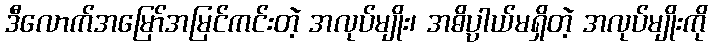
ဒီလောက်အမြော်အမြင်ကင်းတဲ့ အလုပ်မျိုး၊ အဓိပ္ပါယ်မရှိတဲ့ အလုပ်မျိုးကို